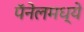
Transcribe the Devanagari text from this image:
पॅनेलमध्ये